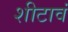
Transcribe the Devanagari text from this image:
शीटावं